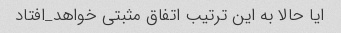
ایا حالا به این ترتیب اتفاق مثبتی خواهد_افتاد